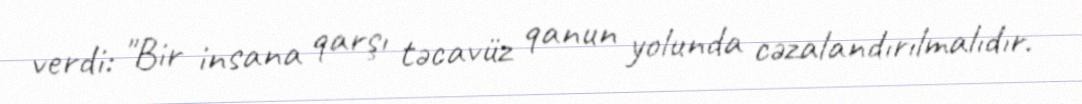
verdi: "Bir insana qarşı təcavüz qanun yolunda cəzalandırılmalıdır.